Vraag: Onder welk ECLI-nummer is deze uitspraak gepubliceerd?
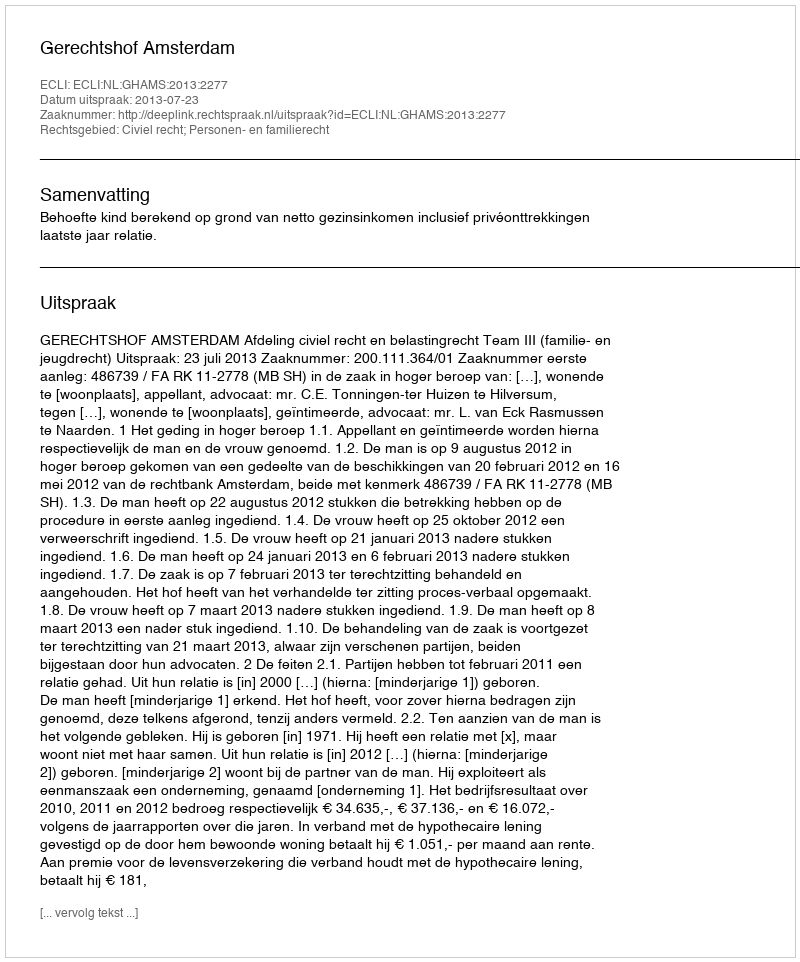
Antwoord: ECLI:NL:GHAMS:2013:2277